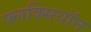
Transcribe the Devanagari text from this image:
फ्लक्सियॉन